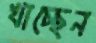
খাচ্ছেন